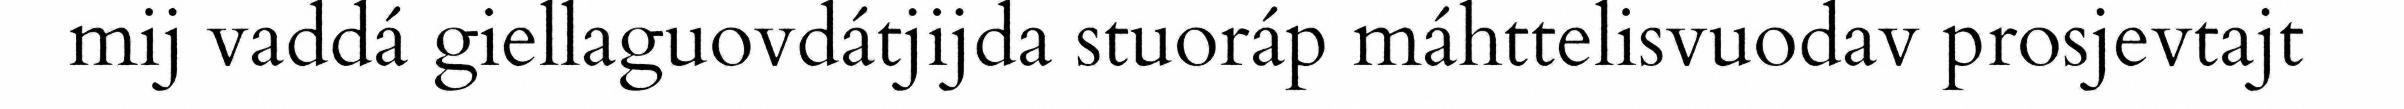
mij vaddá giellaguovdátjijda stuoráp máhttelisvuodav prosjevtajt